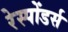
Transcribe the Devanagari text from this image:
रेस्पोंडर्स